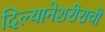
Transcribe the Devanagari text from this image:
दिल्यानेशरीराची